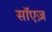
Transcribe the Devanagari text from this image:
सॉएज़